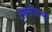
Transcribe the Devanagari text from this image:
आर्संजानी